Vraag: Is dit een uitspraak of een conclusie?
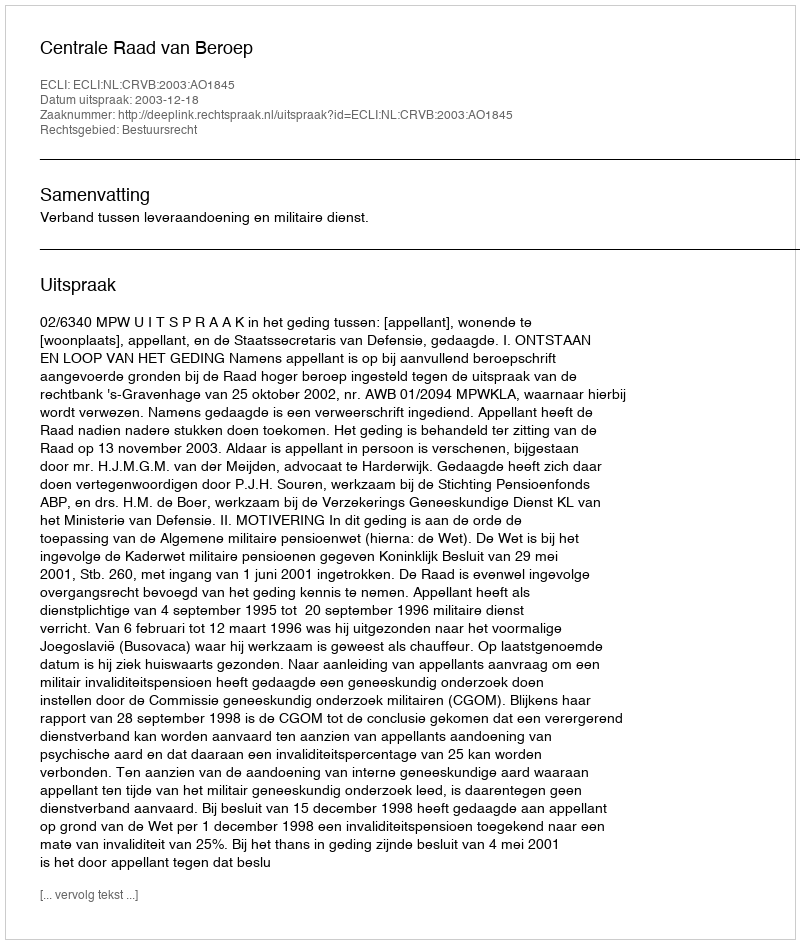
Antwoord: Uitspraak